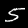
Digit: 5